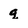
Character: q